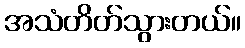
အသံတိတ်သွားတယ်။